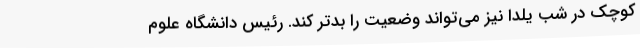
کوچک در شب یلدا نیز می‌تواند وضعیت را بدتر کند. رئیس دانشگاه علوم